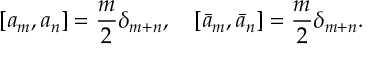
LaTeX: \left[ a _ { m } , a _ { n } \right] = { \frac { m } { 2 } } \delta _ { m + n } , \quad \left[ \bar { a } _ { m } , \bar { a } _ { n } \right] = { \frac { m } { 2 } } \delta _ { m + n } .